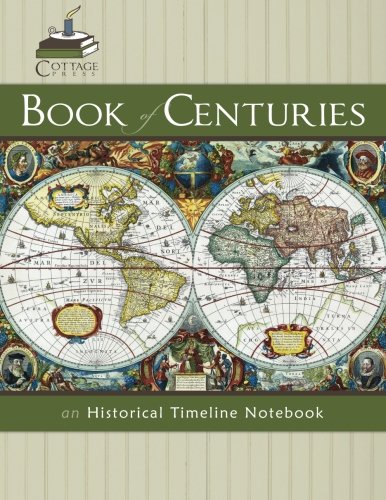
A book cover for Book of Centuries; Katherine Weitz; History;